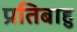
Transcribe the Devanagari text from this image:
प्रतिबाहु